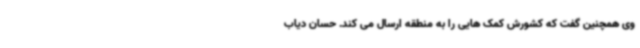
وی همچنین گفت که کشورش کمک هایی را به منطقه ارسال می کند. حسان دیاب